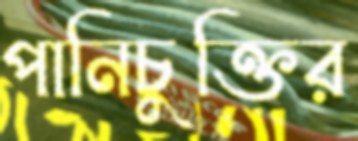
পানিচুক্তির